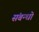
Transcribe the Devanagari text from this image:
संबन्धो